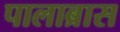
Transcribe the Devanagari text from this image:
पालाब्रास